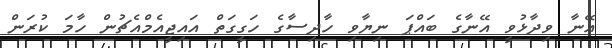
އޭނާ ވިދާޅުވީ އޭނާގެ ބައްޕަ ނިޔާވި ހާދިސާގެ ހަގީގަތް އައިޖީއެމްއެޗުން ހާމަ ކުރަން